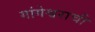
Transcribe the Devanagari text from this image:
गांगेश्वराची